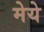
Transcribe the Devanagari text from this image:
मेये